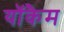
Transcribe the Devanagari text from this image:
यॉकैम